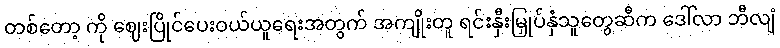
တစ်တော့ ကို ဈေးပြိုင်ပေးဝယ်ယူရေးအတွက် အကျိုးတူ ရင်းနှီးမြှုပ်နှံသူတွေဆီက ဒေါ်လာ ဘီလျံ